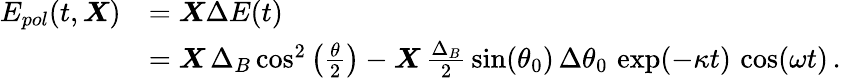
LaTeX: \begin{array}{rl}{E_{pol}(t,\boldsymbol{X})}&{=\boldsymbol{X}\Delta E(t)}\\ &{=\boldsymbol{X}\, \Delta_{B}\cos^{2}\left(\frac{\theta}{2}\right)-\boldsymbol{X}\, \frac{\Delta_{B}}{2}\, \sin(\theta_{0})\, \Delta\theta_{0}\, \exp(-\kappa t)\, \cos(\omega t)\, .}\end{array}